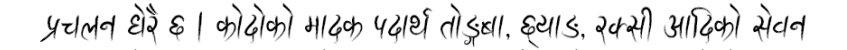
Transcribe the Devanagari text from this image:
प्रचलन धेरै छ । कोदोको मादक पदार्थ तोड्खा, छ्याङ, रक्सी आदिको सेवन